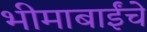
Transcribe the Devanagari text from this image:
भीमाबाईंचे